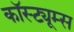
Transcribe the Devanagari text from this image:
कॉस्ट्यूम्स